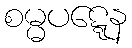
စမ္မပဋ္ဋေန